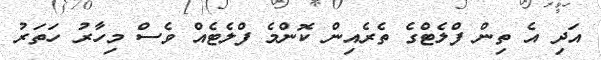
އަދި އެ ތިން ފްލެޓްގެ ތެރެއިން ކޮންމެ ފްލެޓެއް ވެސް މިހާރު ހަތަރު